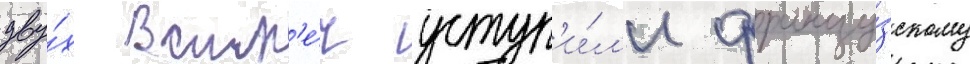
дву́х встр'е́ч уступ'и́л'и францу́зскому